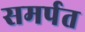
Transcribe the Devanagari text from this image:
समर्पत